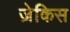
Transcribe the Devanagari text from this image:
ज़ेकिस